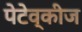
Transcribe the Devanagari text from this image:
पेटेव्कीज